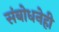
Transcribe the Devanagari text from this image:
संबोधनेही